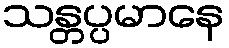
သန္တပ္ပမာနေ